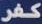
كفر